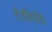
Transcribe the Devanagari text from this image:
रोजनिशींचा